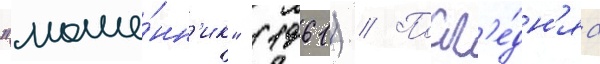
"моше́нн'ик" (1961) // Посл'е́дн'яа